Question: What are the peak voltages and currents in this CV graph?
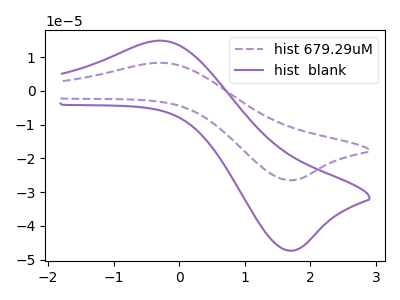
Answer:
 <answer>The purple dashed curve "hist 679.29uM" has an anodic peak at (-0.25V, 8.30uA) and a cathodic peak at (1.75V, -26.45uA). The purple curve "hist  blank" has an anodic peak at (-0.25V, 14.85uA) and a cathodic peak at (1.75V, -47.30uA).</answer>
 <eval></eval>